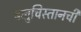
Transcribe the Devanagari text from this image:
बलुचिस्तानची